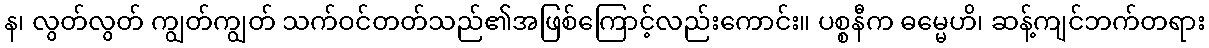
န၊ လွတ်လွတ် ကျွတ်ကျွတ် သက်ဝင်တတ်သည်၏အဖြစ်ကြောင့်လည်းကောင်း။ ပစ္စနီက ဓမ္မေဟိ၊ ဆန့်ကျင်ဘက်တရား